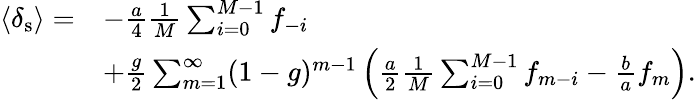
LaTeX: \begin{array}{rl}{\langle\delta_{\mathrm{s}}\rangle=}&{-\frac{a}{4}\frac{1}{M}\sum_{i=0}^{M-1}f_{-i}}\\ &{+\frac{g}{2}\sum_{m=1}^{\infty}(1-g)^{m-1}\left(\frac{a}{2}\frac{1}{M}\sum_{i=0}^{M-1}f_{m-i}-\frac{b}{a}f_{m}\right).}\end{array}